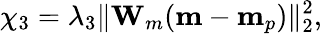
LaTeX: \chi_{3}=\lambda_{3}\| \mathbf{W}_{m}(\mathbf{m}-\mathbf{m}_{p})\| _{2}^{2},